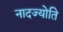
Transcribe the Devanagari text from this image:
नादज्योति